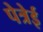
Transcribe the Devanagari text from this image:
पेत्रेई